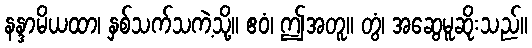
နန္ဒာမိယထာ၊ နှစ်သက်သကဲ့သို့။ ဧဝံ၊ ဤအတူ။ တွံ၊ အဆွေမူဆိုးသည်။